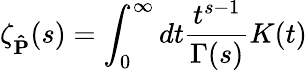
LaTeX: \zeta_{\mathbf{\hat{P}}}(s)=\int_{0}^{\infty}dt\frac{t^{s-1}}{\Gamma(s)}K(t)